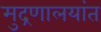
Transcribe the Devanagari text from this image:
मुद्रणालयांत